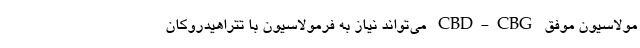
مولاسیون موفق CBD-CBG می‌تواند نیاز به فرمولاسیون با تتراهیدروکان